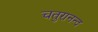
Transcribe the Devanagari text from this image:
चतुरानन्द